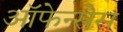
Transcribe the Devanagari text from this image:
ऑफेन्सेस